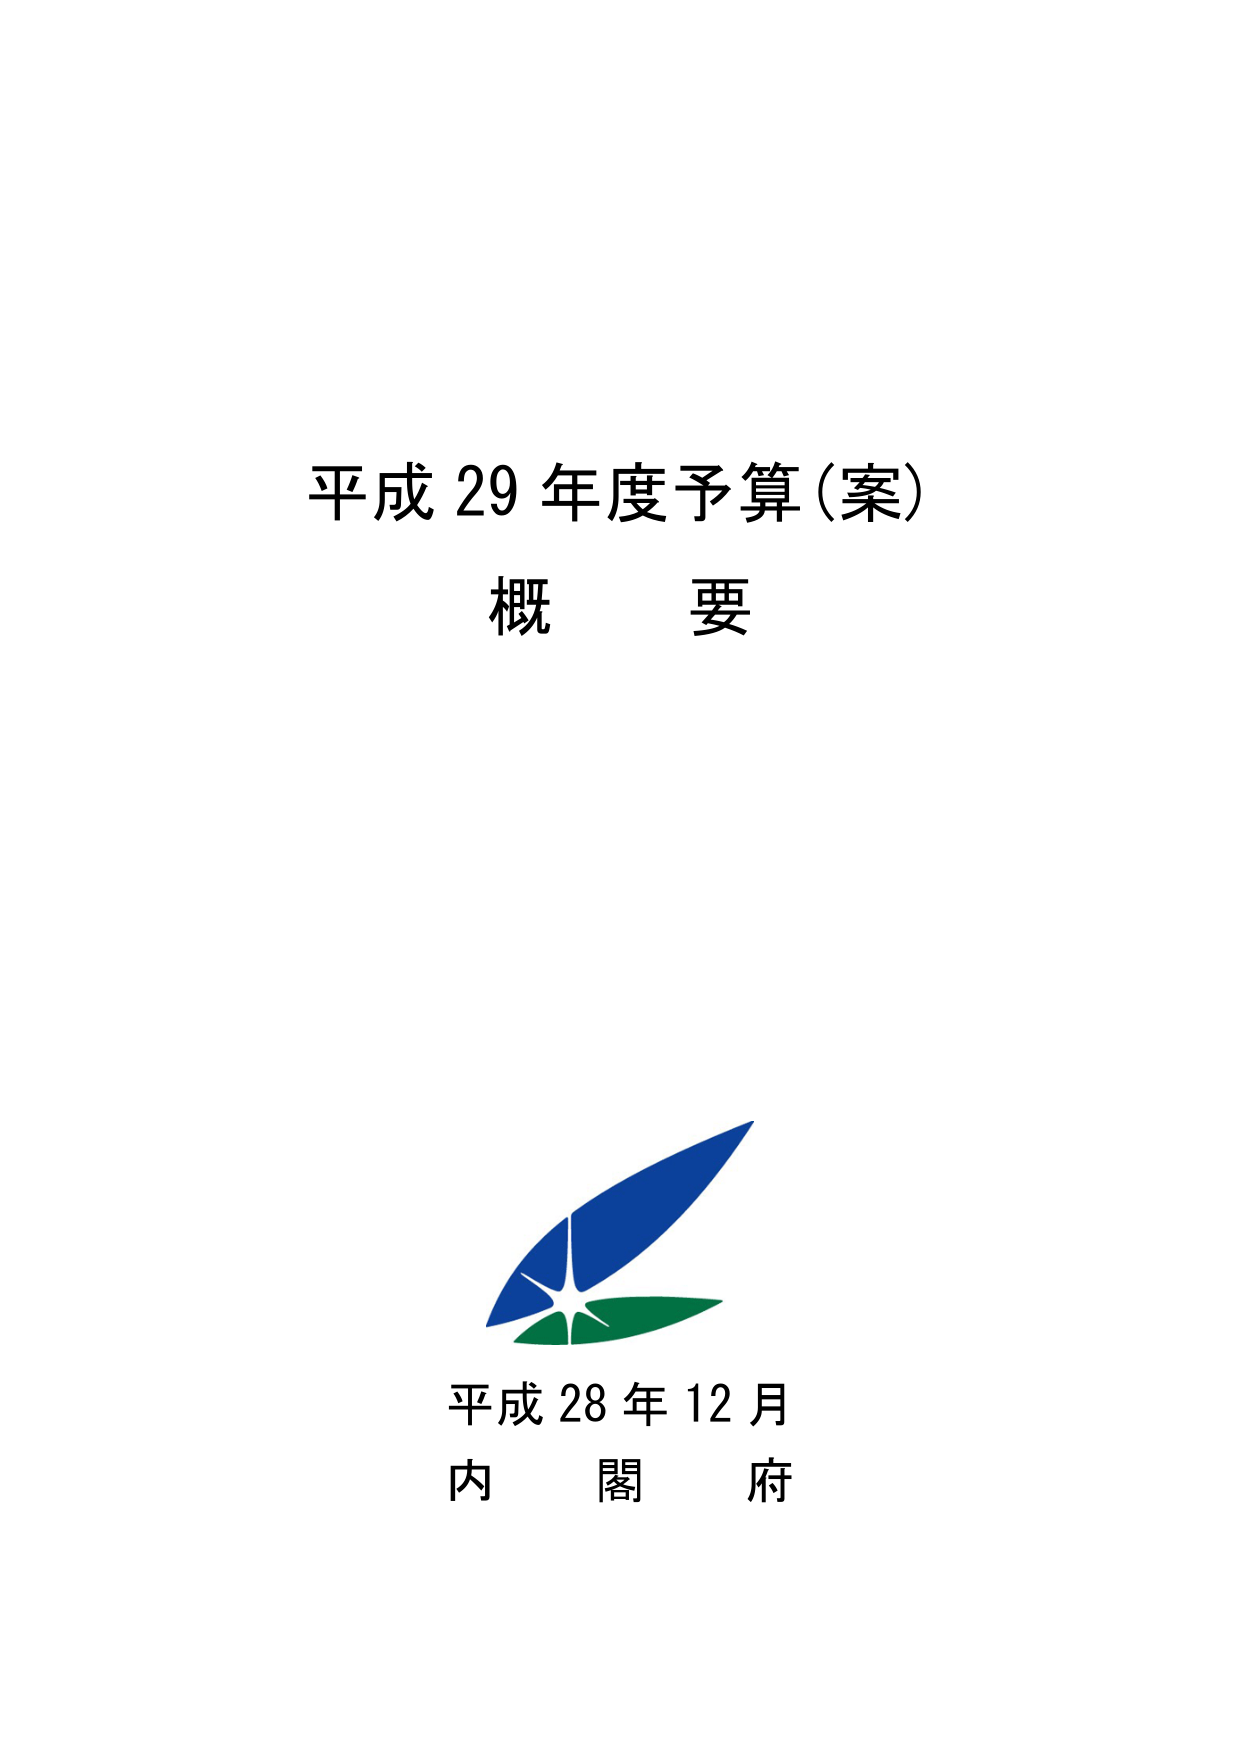
平成 29 年度予算（案）
概 要

平成 28 年 12 月
内 閣 府